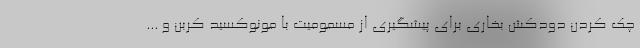
چک کردن دودکش بخاری برای پیشگیری از مسمومیت با مونوکسید کربن و ...